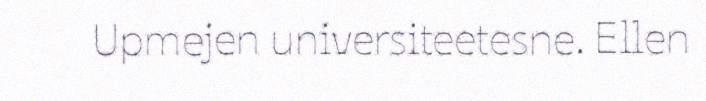
Upmejen universiteetesne. Ellen